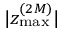
| z _ { \operatorname* { m a x } } ^ { ( 2 M ) } |